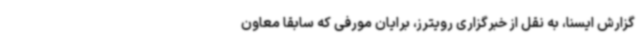
گزارش ایسنا، به نقل از خبرگزاری رویترز، برایان مورفی که سابقا معاون